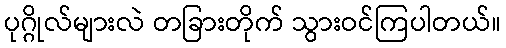
ပုဂ္ဂိုလ်များလဲ တခြားတိုက် သွားဝင်ကြပါတယ်။